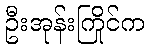
ဦးအုန်းကြိုင်က